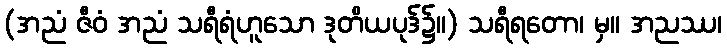
(အညံ ဇီဝံ အညံ သရီရံဟူသော ဒုတိယပုဒ်၌။) သရီရတော၊ မှ။ အညဿ၊